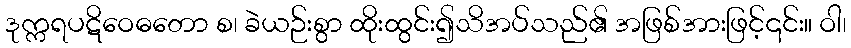
ဒုက္ကရပဋိဝေဓတော စ၊ ခဲယဉ်းစွာ ထိုးထွင်း၍သိအပ်သည်၏ အဖြစ်အားဖြင့်၎င်း။ ဝါ၊